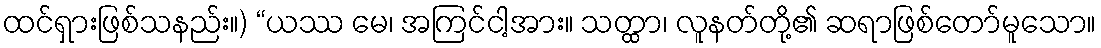
ထင်ရှားဖြစ်သနည်း။) “ယဿ မေ၊ အကြင်ငါ့အား။ သတ္ထာ၊ လူနတ်တို့၏ ဆရာဖြစ်တော်မူသော။